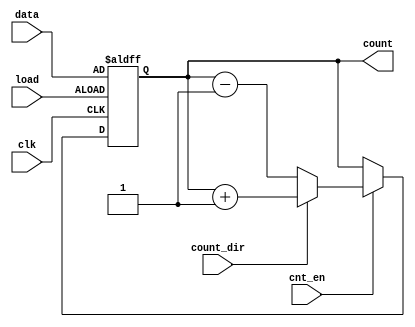
module async_load_counter #(
    parameter n = 4 // Parameter to define the width of the counter
)(
    input wire clk,
    input wire load,
    input wire [n-1:0] data,
    input wire cnt_en,
    input wire count_dir,
    output reg [n-1:0] count
);

// Asynchronous reset logic (optional, can be added based on requirements)
always @(posedge clk or posedge load) begin
    if (load) begin
        // Load data asynchronously when load signal is high
        count <= data;
    end else if (cnt_en) begin
        // Counting logic
        if (count_dir) begin
            // Count up
            count <= count + 1;
        end else begin
            // Count down
            count <= count - 1;
        end
    end
end

endmodule